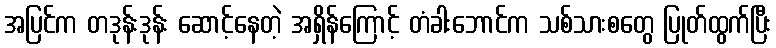
အပြင်က တဒုန်းဒုန်း ဆောင့်နေတဲ့ အရှိန်ကြောင့် တံခါးဘောင်က သစ်သားစတွေ ပြုတ်ထွက်ပြီး